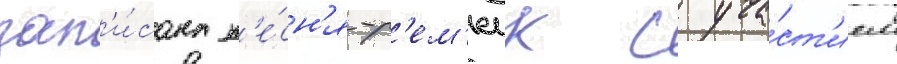
зап'и́сана п'е́сн'я-р'ем'еик с уча́ст'ием